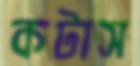
কটাস